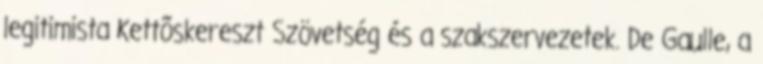
legitimista Kettõskereszt Szövetség és a szakszervezetek. De Gaulle, a